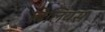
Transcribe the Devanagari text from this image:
बिलियस